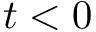
t < 0